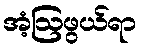
အံ့ဩဖွယ်ရာ